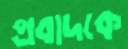
প্রবাদকে